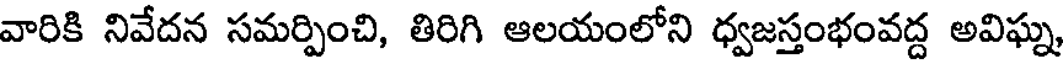
వారికి నివేదన సమర్పించి, తిరిగి ఆలయంలోని ధ్వజస్తంభంవద్ద అవిఘ్న